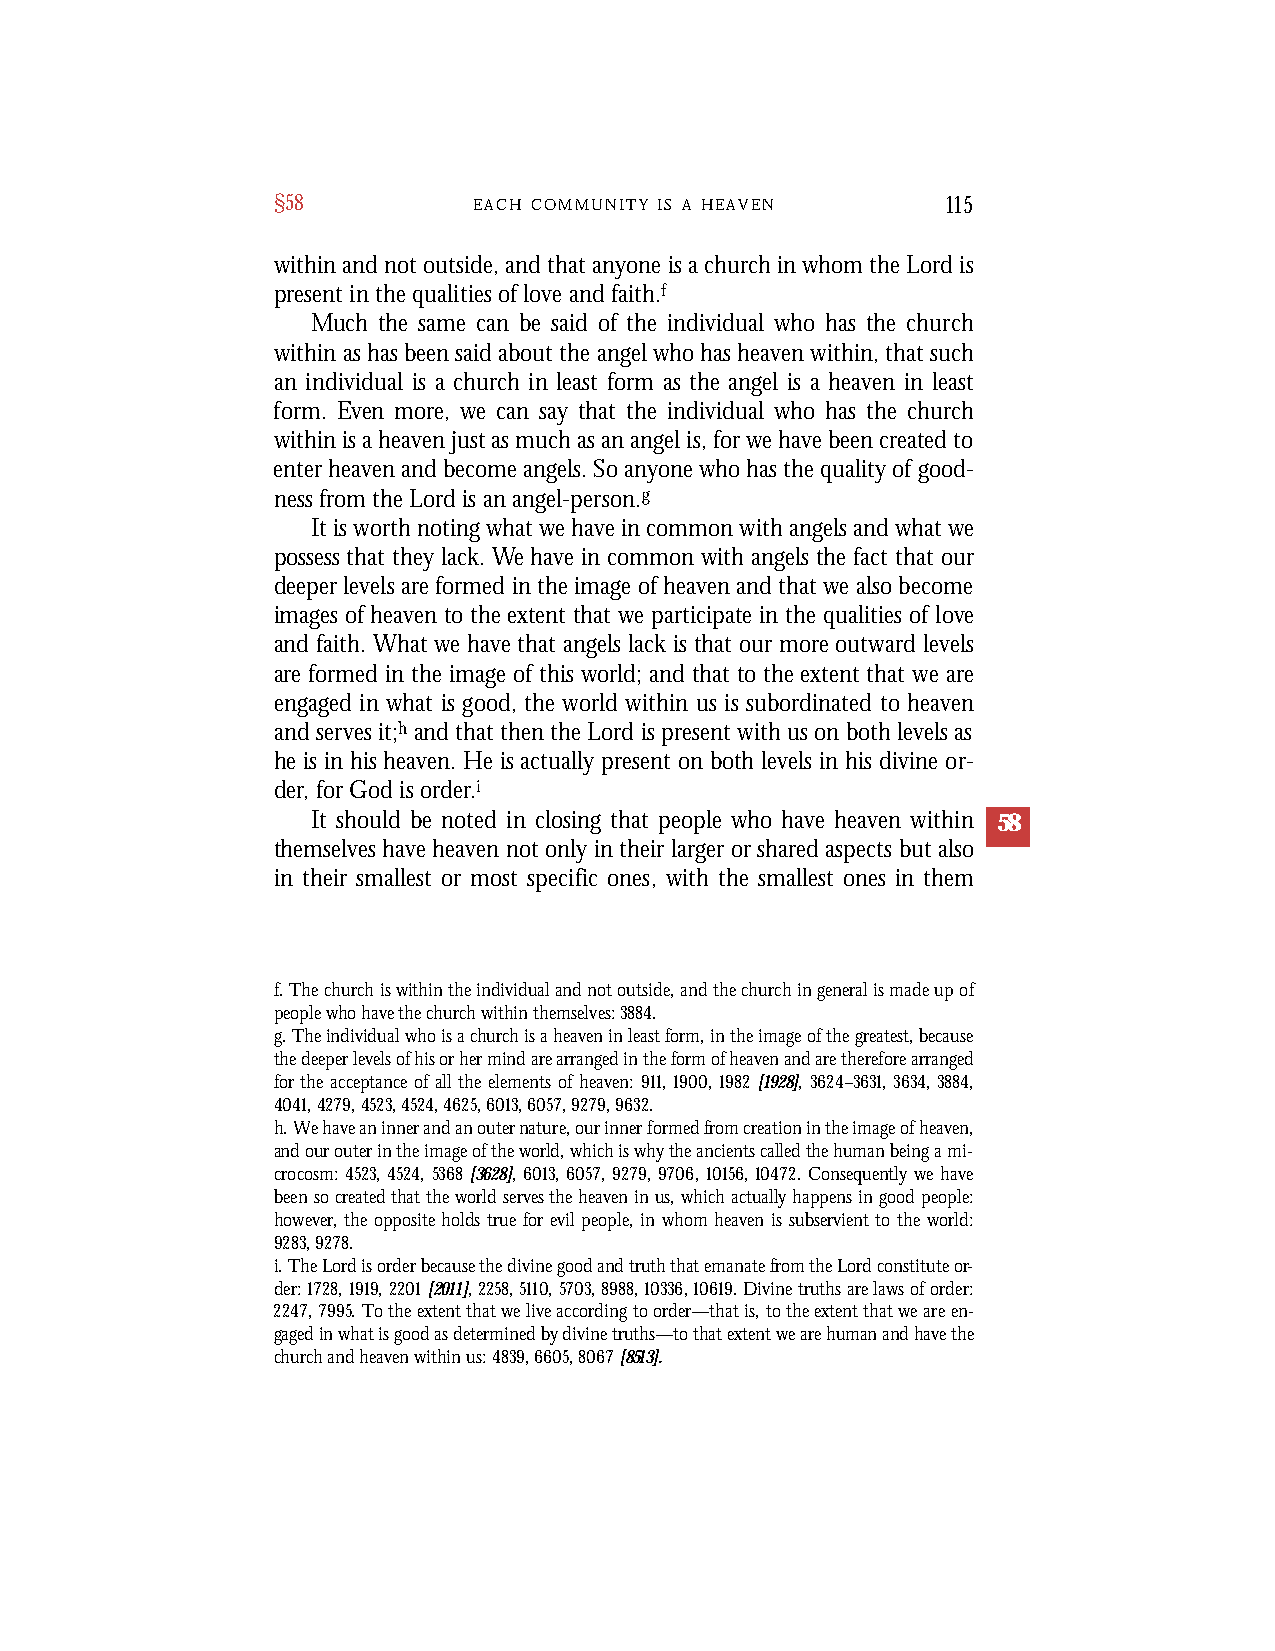
§58          E A C H C O M M U N I T Y I S A H E A V E N 115
 within and not outside, and that anyone is a church in whom the Lord is
 present in the qualities of love and faith.f
 Much the same can be said of the individual who has the church
 within as has been said about the angel who has heaven within, that such
 an individual is a church in least form as the angel is a heaven in least
 form. Even more, we can say that the individual who has the church
 within is a heaven just as much as an angel is, for we have been created to
 enter heaven and become angels. So anyone who has the quality of good-
 ness from the Lord is an angel-person.g
 It is worth noting what we have in common with angels and what we
 possess that they lack. We have in common with angels the fact that our
 deeper levels are formed in the image of heaven and that we also become
 images of heaven to the extent that we participate in the qualities of love
 and faith. What we have that angels lack is that our more outward levels
 are formed in the image of this world; and that to the extent that we are
 engaged in what is good, the world within us is subordinated to heaven
 and serves it;h and that then the Lord is present with us on both levels as
 he is in his heaven. He is actually present on both levels in his divine or-
 der, for God is order.i
 It should be noted in closing that people who have heaven within 58
 themselves have heaven not only in their larger or shared aspects but also
 in their smallest or most specific ones, with the smallest ones in them
 f. The church is within the individual and not outside, and the church in general is made up of
 people who have the church within themselves: 3884.
 g. The individual who is a church is a heaven in least form, in the image of the greatest, because
 the deeper levels of his or her mind are arranged in the form of heaven and are therefore arranged
 for the acceptance of all the elements of heaven: 911,1900,1982 [1928], 3624–3631, 3634,3884,
 4041, 4279, 4523, 4524, 4625, 6013, 6057, 9279, 9632.
 h. We have an inner and an outer nature, our inner formed from creation in the image of heaven,
 and our outer in the image of the world, which is why the ancients called the human being a mi-
 crocosm: 4523,4524, 5368[3628], 6013,6057,9279,9706, 10156,10472. Consequently we have
 been so created that the world serves the heaven in us, which actually happens in good people:
 however, the opposite holds true for evil people, in whom heaven is subservient to the world:
 9283, 9278.
 i. The Lord is order because the divine good and truth that emanate from the Lord constitute or-
 der: 1728,1919,2201[2011],2258,5110,5703,8988,10336,10619. Divine truths are laws of order:
 2247,7995. To the extent that we live according to order—that is, to the extent that we are en-
 gaged in what is good as determined by divine truths—to that extent we are human and have the
 church and heaven within us: 4839, 6605, 8067[8513].